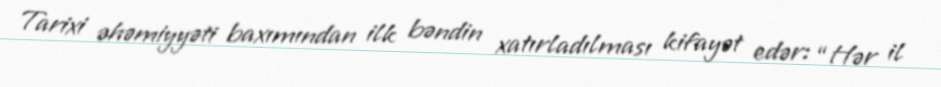
Tarixi əhəmiyyəti baxımından ilk bəndin xatırladılması kifayət edər: “Hər il